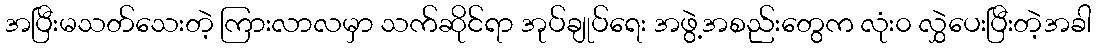
အပြီးမသတ်သေးတဲ့ ကြားလာလမှာ သက်ဆိုင်ရာ အုပ်ချုပ်ရေး အဖွဲ့အစည်းတွေက လုံး၀ လွှဲပေးပြီးတဲ့အခါ